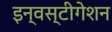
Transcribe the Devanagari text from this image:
इन्वस्टीगेशन